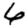
Digit: 6